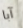
آبا